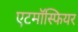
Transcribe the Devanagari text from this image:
एटमॉस्फियर